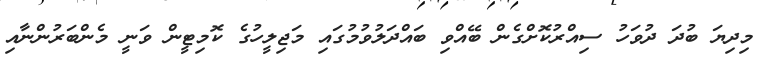
މިދިޔަ ބުދަ ދުވަހު ސިއްރުކޮށްގެން ބޭއްވި ބައްދަލުވުމުގައި މަޖިލީހުގެ ކޮމިޓީން ވަނީ މެންބަރުންނާއި